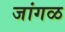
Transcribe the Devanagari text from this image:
जांगळ